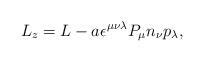
LaTeX: \begin{align*}L_z=L-a\epsilon^{\mu\nu\lambda}P_\mu n_\nu p_\lambda,\end{align*}